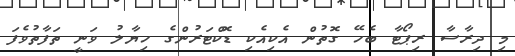
މި ދިރާސާ ރިޕޯޓާ ބެހޭ ގޮތުން އެކިއެކި ޑޮކްޓަރުންގެ ހިޔާލު ވަނީ ތަފާތުވެފަ